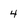
Character: 4